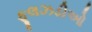
ફૂલઝડીઓ